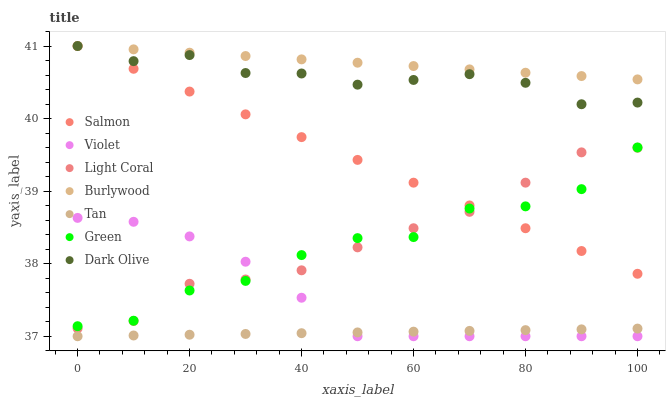
| xaxis_label | Salmon | Violet | Light Coral | Burlywood | Tan | Green | Dark Olive |
 | --- | --- | --- | --- | --- | --- | --- | --- |
 | 0 | 41 | 38.6 | 37.1 | 41 | 37 | 37.1 | 41 |
 | 10 | 40.7 | 38.6 | 37.2 | 41 | 37 | 37.2 | 40.8 |
 | 20 | 40.4 | 38.4 | 37.7 | 40.9 | 37 | 37.6 | 40.9 |
 | 30 | 40.1 | 38 | 37.8 | 40.9 | 37 | 37.8 | 40.6 |
 | 40 | 39.7 | 37.5 | 37.9 | 40.8 | 37 | 38.1 | 40.6 |
 | 50 | 39.4 | 37 | 38.2 | 40.8 | 37.1 | 38.4 | 40.5 |
 | 60 | 39.1 | 37 | 38.5 | 40.7 | 37.1 | 38.4 | 40.5 |
 | 70 | 38.8 | 37 | 38.7 | 40.7 | 37.1 | 38.8 | 40.6 |
 | 80 | 38.5 | 37 | 39.1 | 40.6 | 37.1 | 38.8 | 40.5 |
 | 90 | 38.2 | 37 | 39.5 | 40.6 | 37.1 | 39 | 40.2 |
 | 100 | 37.9 | 37 | 39.6 | 40.5 | 37.1 | 39.6 | 40.2 |